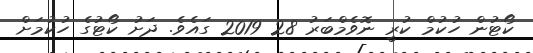
ކޯޓުން ހުކުމް ކުރީ ނޮވެމްބަރު 28 2019 ގައެވެ. ދަށު ކޯޓުގެ ހުކުމަށް